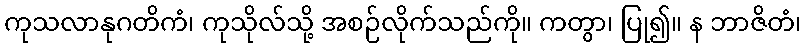
ကုသလာနုဂတိကံ၊ ကုသိုလ်သို့ အစဉ်လိုက်သည်ကို။ ကတွာ၊ ပြု၍။ န ဘာဇိတံ၊